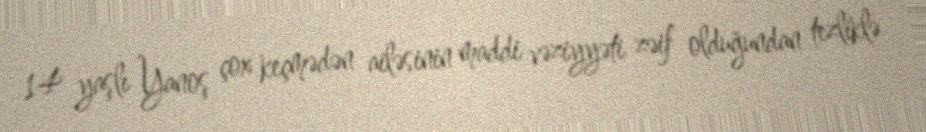
14 yaşlı Yanoş çox keçmədən ailəsinin maddi vəziyyəti zəif olduğundan tezliklə